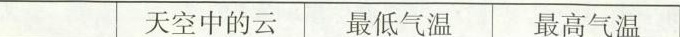
天空中的云 最低气温 最高气温